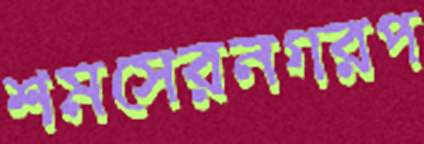
শমসেরনগরপ